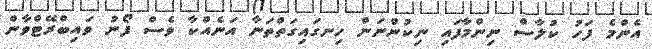
އެންމެ ފަހު ކުލާސް ނިންމާފައި ނިކުންނަން ހިނގައިގަތްތަނާ އަނެއްކާ ވެސް ފޯނު ވައިބްރޭޓްވާން